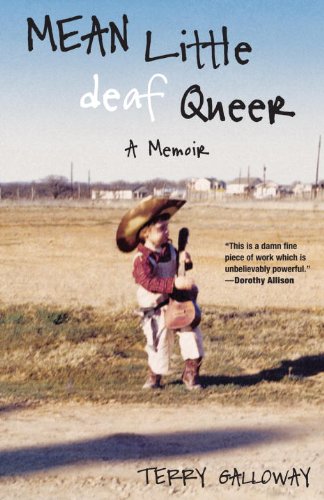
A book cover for Mean Little deaf Queer: A Memoir; Terry Galloway; Literature & Fiction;